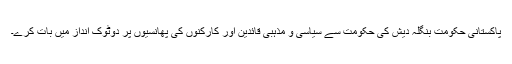
پاکستانی حکومت بنگلہ دیش کی حکومت سے سیاسی و مذہبی قائدین اور کارکنوں کی پھانسیوں پر دوٹوک انداز میں بات کرے۔